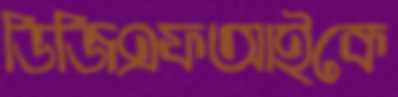
ডিজিএফআইকে